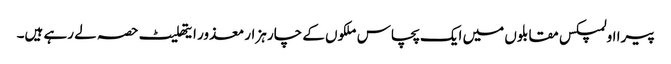
پیرا اولمپکس مقابلوں میں ایک پچاس ملکوں کے چار ہزار معذور ایتھلیٹ حصہ لے رہے ہیں۔